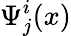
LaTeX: \Psi_{j}^{i}(x)